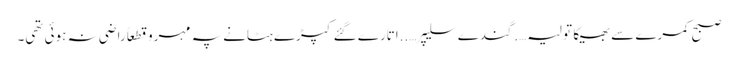
صبح کمرے سے بھیگا تولیہ….گندے سلیپر…..اتارے گئے کپڑے ہٹانے پہ مہرو قطعاً راضی نہ ہوئی تھی۔